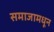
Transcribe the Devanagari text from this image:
समाजामधून